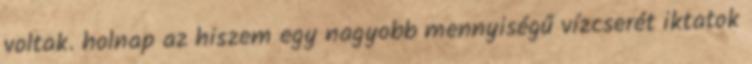
voltak. holnap az hiszem egy nagyobb mennyiségű vízcserét iktatok